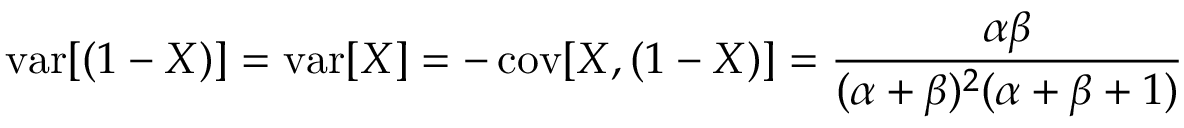
\operatorname { v a r } [ ( 1 - X ) ] = \operatorname { v a r } [ X ] = - \operatorname { c o v } [ X , ( 1 - X ) ] = { \frac { \alpha \beta } { ( \alpha + \beta ) ^ { 2 } ( \alpha + \beta + 1 ) } }